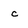
Character: c